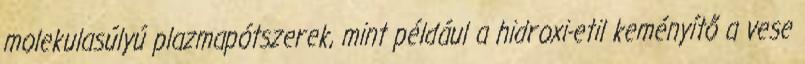
molekulasúlyú plazmapótszerek, mint például a hidroxi-etil keményítő a vese